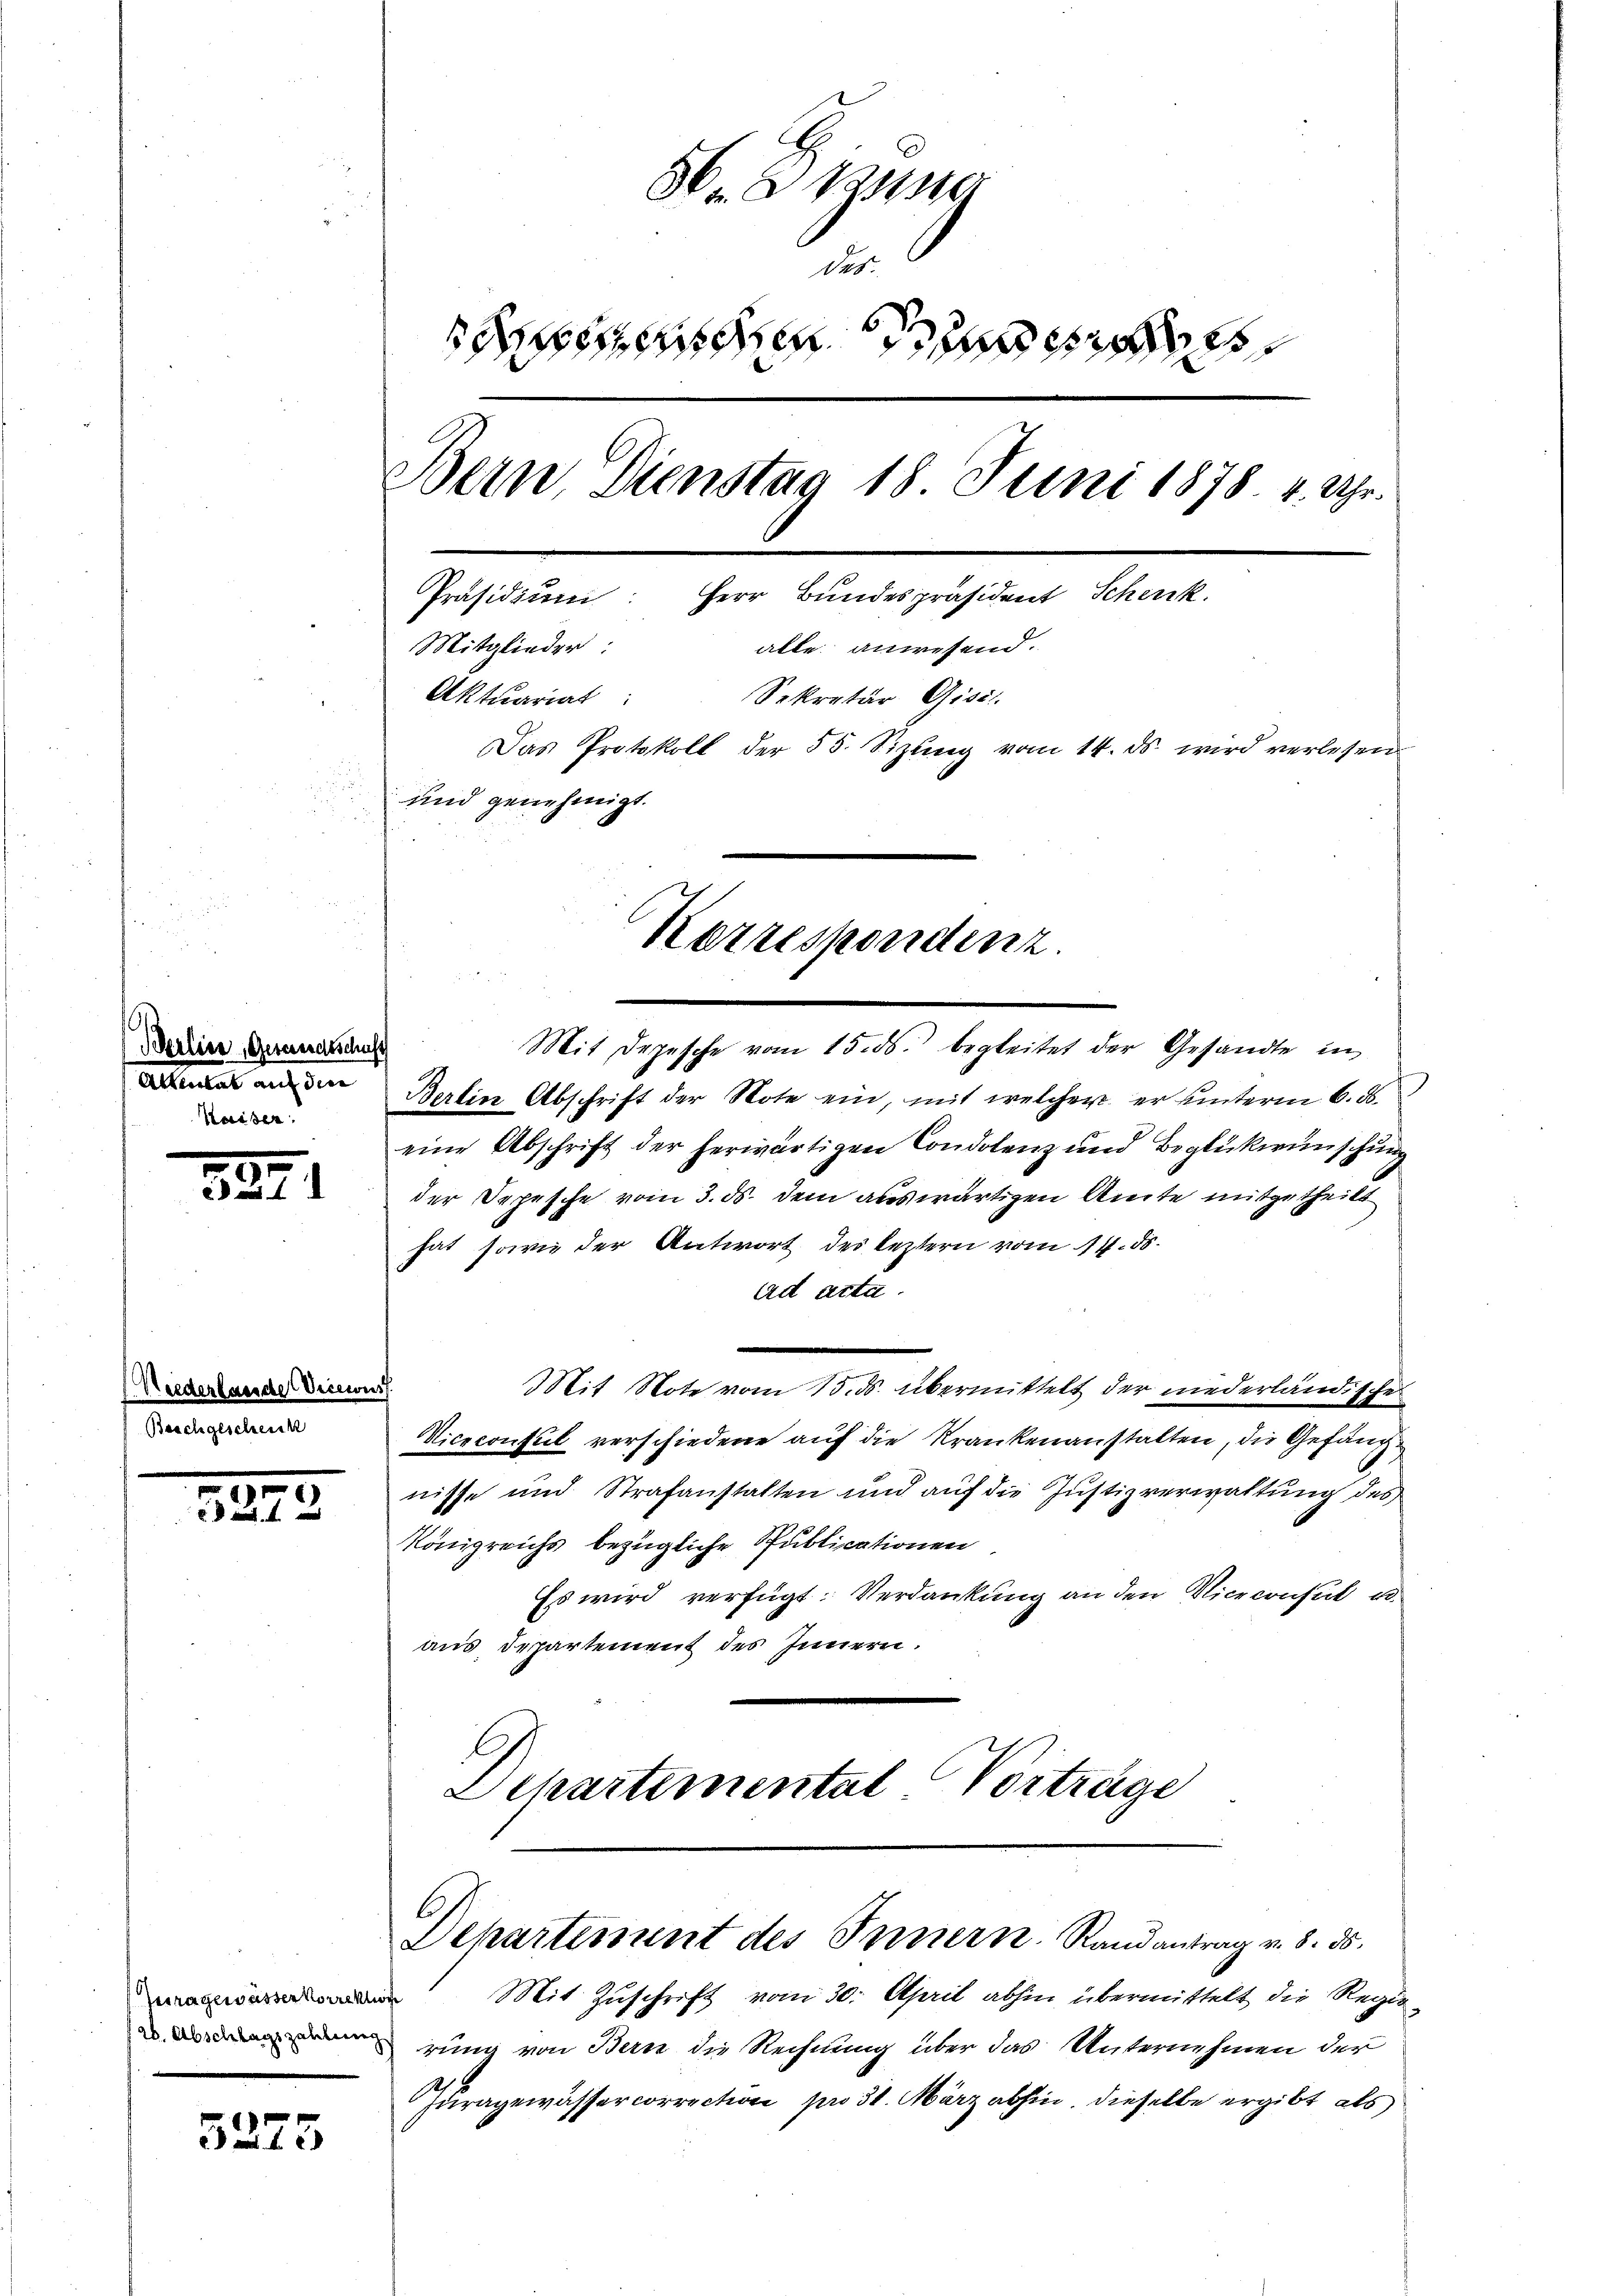
a

Nees
Beach

389

5272

Jura gewässer Korrektion
26. Abschlagszahlung
.

f
Da 1. 2

Gesandtschu
 auf den
ider

de Viceror

56.
der.
seen de
Bern Dienstag 18. Juni 1878. 4. Uhr.
Herr Bundespräsident Schenk
Präsidium:
Mitglieder:
alle anwesend.
Aktuariat
Sekretär Gisis.
Das Protokoll der 55. Sizŭng vom 14. ds. wird verlesen
und genehmigt.

Mit Depesche vom 15. ds. begleitet der Gesandte in
Berlin Abschrift der Note ein, mit welcher er unterm 6. d.
eine Abschrift der herwärtigen Condolenz und Beglükwünschung
der Depesche vom 3. ds. dem auswärtigen Amte mitgetheilt
hat, sowie der Antwort des Leitern vom 11. ds.
ad acta
.
Mit Note vom 15. ds. übermittelt der niederländische
Viceconsul verschiedene auf die Krankenanstalten, die Gefängnisse und Strafanstalten und auf die Justizverwaltung des
Königreichs bezügliche Publicationen
Es wird verfügt: Verdankung an den Niceconsul u.
aus Departement des Innern.
Departemental Vorträge

Korrespondenz

Dehartement des Innern. Randantrag v. 8. ds.

Mit Zuschrift vom 30. April abhin übermittelt die Regier
rung von Bern die Rechnung über das Unternehmen der
Furagewässercorrection pro 31. März abhin, dieselbe ergibt als